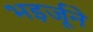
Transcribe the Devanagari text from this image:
भइर्जूने